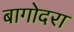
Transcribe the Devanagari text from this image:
बागोदरा